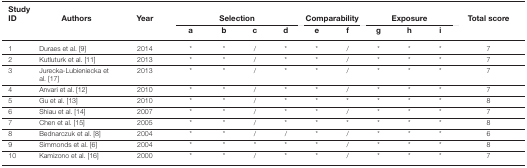
<table><thead><tr><td><b>Study ID</b></td><td><b>Authors</b></td><td><b>Year</b></td><td colspan="4"><b>Selection</b></td><td colspan="2"><b>Comparability</b></td><td colspan="3"><b>Exposure</b></td><td><b>Total score</b></td></tr><tr><td></td><td></td><td></td><td><b>a</b></td><td><b>b</b></td><td><b>c</b></td><td><b>d</b></td><td><b>e</b></td><td><b>f</b></td><td><b>g</b></td><td><b>h</b></td><td><b>i</b></td><td></td></tr></thead><tbody><tr><td>1</td><td>Duraes et al. [9]</td><td>2014</td><td>*</td><td>*</td><td>/</td><td>*</td><td>*</td><td>/</td><td>*</td><td>*</td><td>*</td><td>7</td></tr><tr><td>2</td><td>Kutluturk et al. [11]</td><td>2013</td><td>*</td><td>*</td><td>/</td><td>*</td><td>*</td><td>/</td><td>*</td><td>*</td><td>*</td><td>7</td></tr><tr><td>3</td><td>Jurecka-Lubieniecka et al. [17]</td><td>2013</td><td>*</td><td>*</td><td>/</td><td>*</td><td>*</td><td>/</td><td>*</td><td>*</td><td>*</td><td>7</td></tr><tr><td>4</td><td>Anvari et al. [12]</td><td>2010</td><td>*</td><td>*</td><td>/</td><td>*</td><td>*</td><td>/</td><td>*</td><td>*</td><td>*</td><td>7</td></tr><tr><td>5</td><td>Gu et al. [13]</td><td>2010</td><td>*</td><td>*</td><td>/</td><td>*</td><td>*</td><td>*</td><td>*</td><td>*</td><td>*</td><td>8</td></tr><tr><td>6</td><td>Shiau et al. [14]</td><td>2007</td><td>*</td><td>*</td><td>/</td><td>*</td><td>*</td><td>/</td><td>*</td><td>*</td><td>*</td><td>7</td></tr><tr><td>7</td><td>Chen et al. [15]</td><td>2005</td><td>*</td><td>*</td><td>/</td><td>*</td><td>*</td><td>*</td><td>*</td><td>*</td><td>*</td><td>8</td></tr><tr><td>8</td><td>Bednarczuk et al. [8]</td><td>2004</td><td>*</td><td>*</td><td>/</td><td>/</td><td>*</td><td>/</td><td>*</td><td>*</td><td>*</td><td>6</td></tr><tr><td>9</td><td>Simmonds et al. [6]</td><td>2004</td><td>*</td><td>*</td><td>*</td><td>*</td><td>*</td><td>/</td><td>*</td><td>*</td><td>*</td><td>8</td></tr><tr><td>10</td><td>Kamizono et al. [16]</td><td>2000</td><td>*</td><td>*</td><td>/</td><td>*</td><td>*</td><td>/</td><td>*</td><td>*</td><td>*</td><td>7</td></tr></tbody></table>